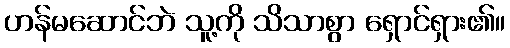
ဟန်မဆောင်ဘဲ သူ့ကို သိသာစွာ ရှောင်ရှား၏။